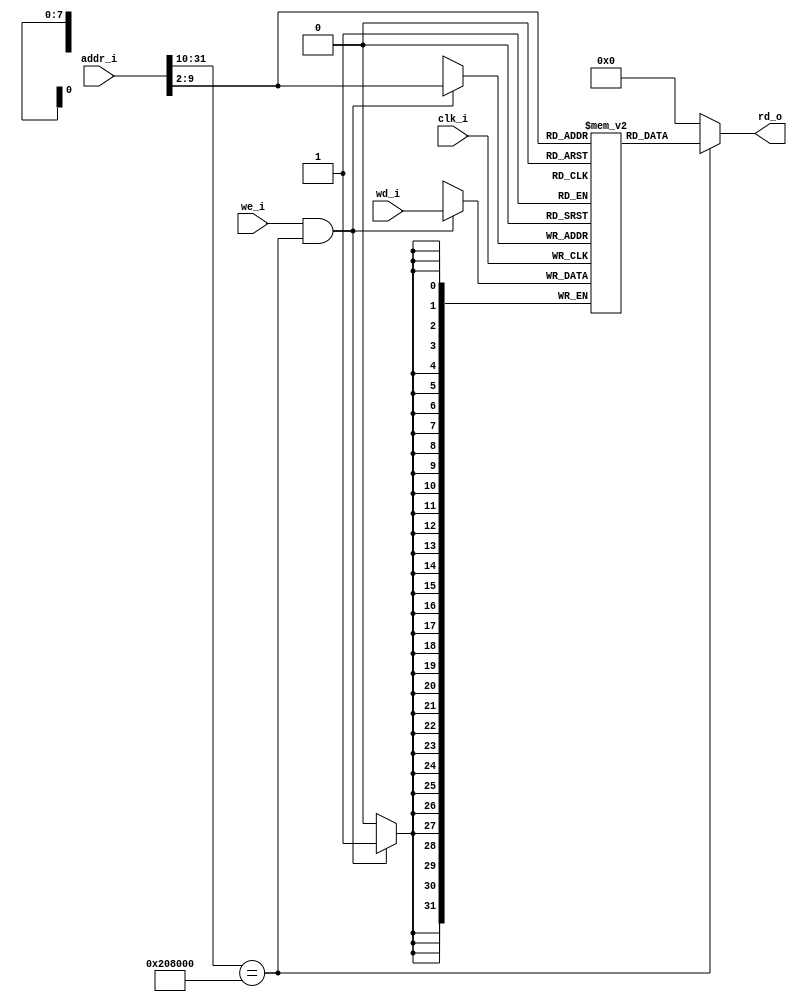
`timescale 1ns / 1ps

module data_mem(
  input         clk_i,

  input         we_i,
  input  [31:0] addr_i,
  input  [31:0] wd_i,
  
  output [31:0] rd_o
);

  reg [31:0]   regs [0:255];

  wire         valid_addr = addr_i[31:10] == 22'b1000_0010_0000_0000_0000_00; 
  wire [9:2]   word_addr  = addr_i[9:2];

  always @( posedge clk_i ) begin
    if ( we_i && valid_addr )
      regs[word_addr] = wd_i;
  end

  assign rd_o = valid_addr ? regs[word_addr] : 32'd0; 

endmodule